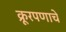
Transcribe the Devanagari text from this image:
क्रूरपणाचे